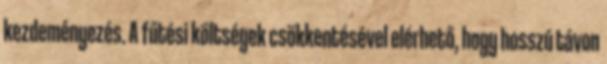
kezdeményezés. A fűtési költségek csökkentésével elérhető, hogy hosszú távon